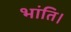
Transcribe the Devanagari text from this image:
भांति।